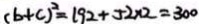
( b + c ) ^ { 2 } = 1 9 2 + 5 2 \times 2 = 3 0 0